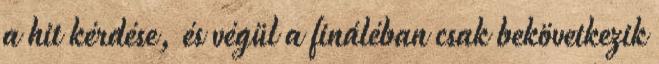
a hit kérdése, és végül a fináléban csak bekövetkezik